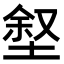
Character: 𪣶